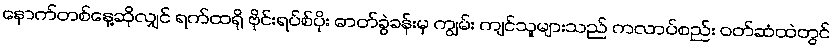
နောက်တစ်နေ့ဆိုလျှင် ရက်ထရို ဗိုင်းရပ်စ်ပိုး ဓာတ်ခွဲခန်းမှ ကျွမ်း ကျင်သူများသည် ကလာပ်စည်း ဝတ်ဆံထဲတွင်